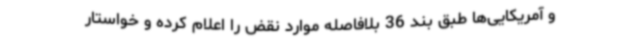
و آمریکایی‌ها طبق بند 36 بلافاصله موارد نقض را اعلام کرده و خواستار